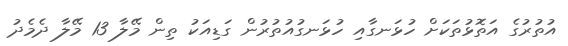
އުތުރުގެ އަތޮޅުތަކަށް ހުޅަނގާއި ހުޅަނގުއުތުރުން ގަޑިއަކު ތިން މޭލާ 13 މޭލާ ދެމެދު